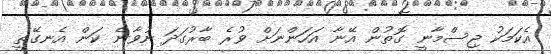
އެކަމަކު ޖިސްމާނީ ގޮތުން އޭނާ އަހަންނަށް ވުރެ ބާރުގަދަ ނުވާނެ ކަން އެނގޭތީ